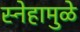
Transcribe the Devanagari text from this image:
स्नेहामुळे